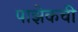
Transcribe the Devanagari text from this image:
पाझेकची